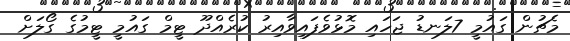
މެޗުން ގައުމީ 7ލަނޑު ޖަހައި މޮޅުވެފައިވާއިރު ކުރެއްދޫ ޓީމް ގައުމީ ޓީމުގެ ގޯލަށް